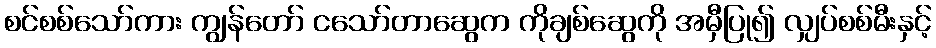
စင်စစ်သော်ကား ကျွန်တော် ငသော်တာဆွေက ကိုချစ်ဆွေကို အမှီပြု၍ လျှပ်စစ်မီးနှင့်